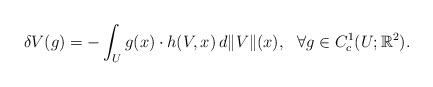
LaTeX: \begin{align*} \delta V(g)=-\int_U g(x)\cdot h(V,x)\, d\|V\|(x), \ \ \forall g\in C^1_c(U;{\mathbb R}^2). \end{align*}